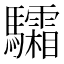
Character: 驦